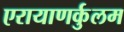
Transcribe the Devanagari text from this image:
एरायाणर्कुलम